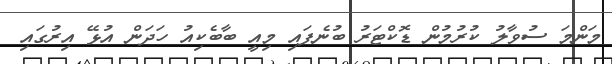
މަންމަ ސުވާލު ކުރުމުން ޑޮކްޓަރު ބުނެފައި މިއީ ބާބެކިއު ހަދަން އުޅޭ އިރުގައި